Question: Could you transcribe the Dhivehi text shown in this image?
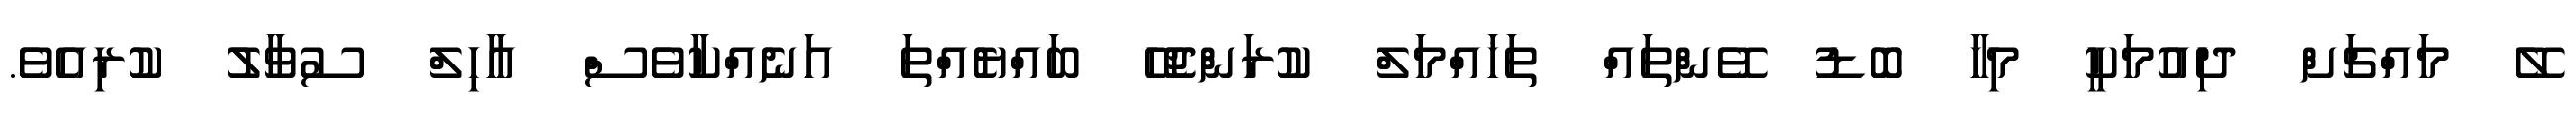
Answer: ލޭ މައްޗަށް ދިއުމަކީ މިހާ ބޮޑު ވޭންތައް ތަޚައްމަލް ކުރަންޖެހޭ ބައްޔެއްތަ އަނެއްކާވެސް އާހިލް ސުވާލު ކުރިއެވެ.